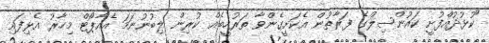
"ކުޅުދުއްފުށީ ކައުންސިލްގެ ފަރާތުން އެކަށީގެންވާ ތަރުހީބެއް ކުރިން ލިބުނުނަމަ އެއާޕޯޓް މިހާރު އެޅިފައި